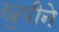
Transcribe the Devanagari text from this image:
खुषीने